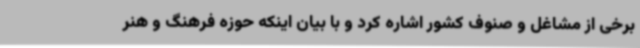
برخی از مشاغل و صنوف کشور اشاره کرد و با بیان اینکه حوزه فرهنگ و هنر